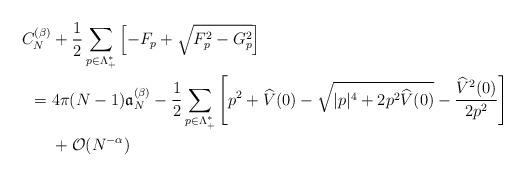
LaTeX: \begin{align*} C_N^{(\beta)}&+\frac{1}{2} \sum_{p \in \Lambda_+^*}\left[ -F_p+\sqrt{F_p^2-G_p^2} \right]\\=\;&4\pi (N-1)\mathfrak{a}_N^{(\beta)}-\frac{1}{2}\sum_{p\in \Lambda_+^*}\left[ p^2+\widehat V(0)-\sqrt{|p|^4+2p^2 \widehat{V}(0)}-\frac{\widehat{V}^2(0)}{2p^2}\right]\\&+\mathcal{O}(N^{-\alpha})\end{align*}